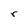
Character: r